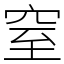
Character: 窒